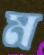
ম